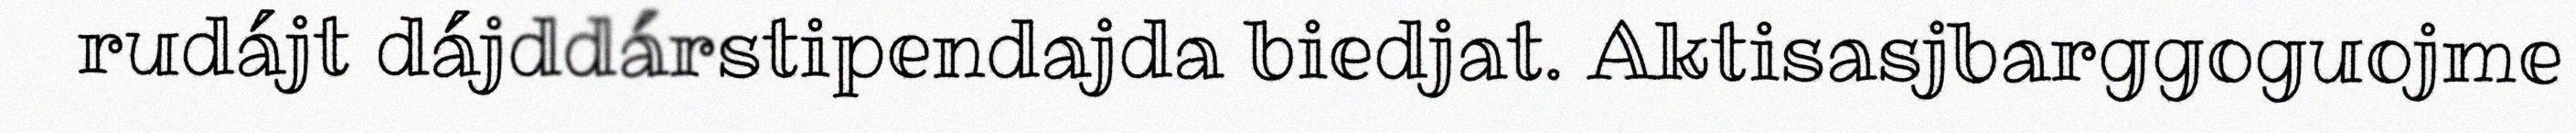
rudájt dájddárstipendajda biedjat. Aktisasjbarggoguojme